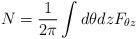
LaTeX: \begin{align*}N = \frac{1}{2 \pi} \int d\theta dz F_{\theta z}\end{align*}